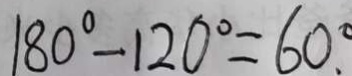
1 8 0 ^ { \circ } - 1 2 0 ^ { \circ } = 6 0 . ^ { \circ }